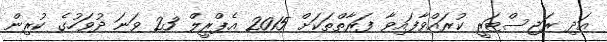
އަދި ރަޖިސްޓަރީ ކުރައްވާފައިވާ ފަރާތްތަކަށްް 2015 އެޕްރީލް 23 ވަނަ ދުވަހުގެ ކުރިން